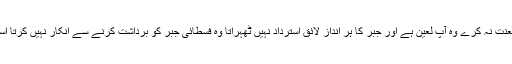
یاد رکھنا چاہیے کہ جو ظلم پہ لعنت نہ کرے وہ آپ لعین ہے اور جبر کا ہر انداز لائق استرداد نہیں ٹھہراتا وہ فسطائی جبر کو برداشت کرنے سے انکار نہیں کرتا اسے دین کا منکر سمجھنا چاہیے۔